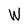
Character: W